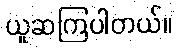
ယူဆကြပါတယ်။